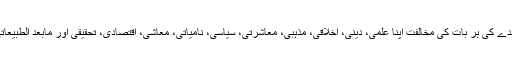
میں نے ہمیشہ اور ہر بندے کی ہر بات کی مخالفت اپنا علمی، دینی، اخلاقی، مذہبی، معاشرتی، سیاسی، نامیاتی، معاشی، اقتصادی، تحقیقی اور مابعد الطبیعاتی فریضہ سمجھ کر کی۔